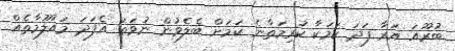
ބުރޫއަ އަރާ ފަދަ ކަމަކާ ކުރިމަތާނެ ކަމަށް ބެލެވުން ނުވަތަ އެފަދަ މައުލޫމާތެއް